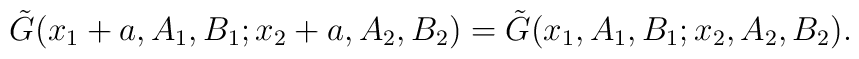
\tilde{G}(x_1 + a,A_1,B_1;x_2 + a ,A_2,B_2) = \tilde{G}(x_1    ,A_1,B_1;x_2     ,A_2,B_2).